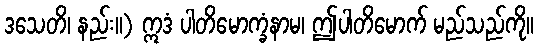
ဒသေတိ၊ နည်း။) ဣဒံ ပါတိမောက္ခံနာမ၊ ဤပါတိမောက် မည်သည်ကို။